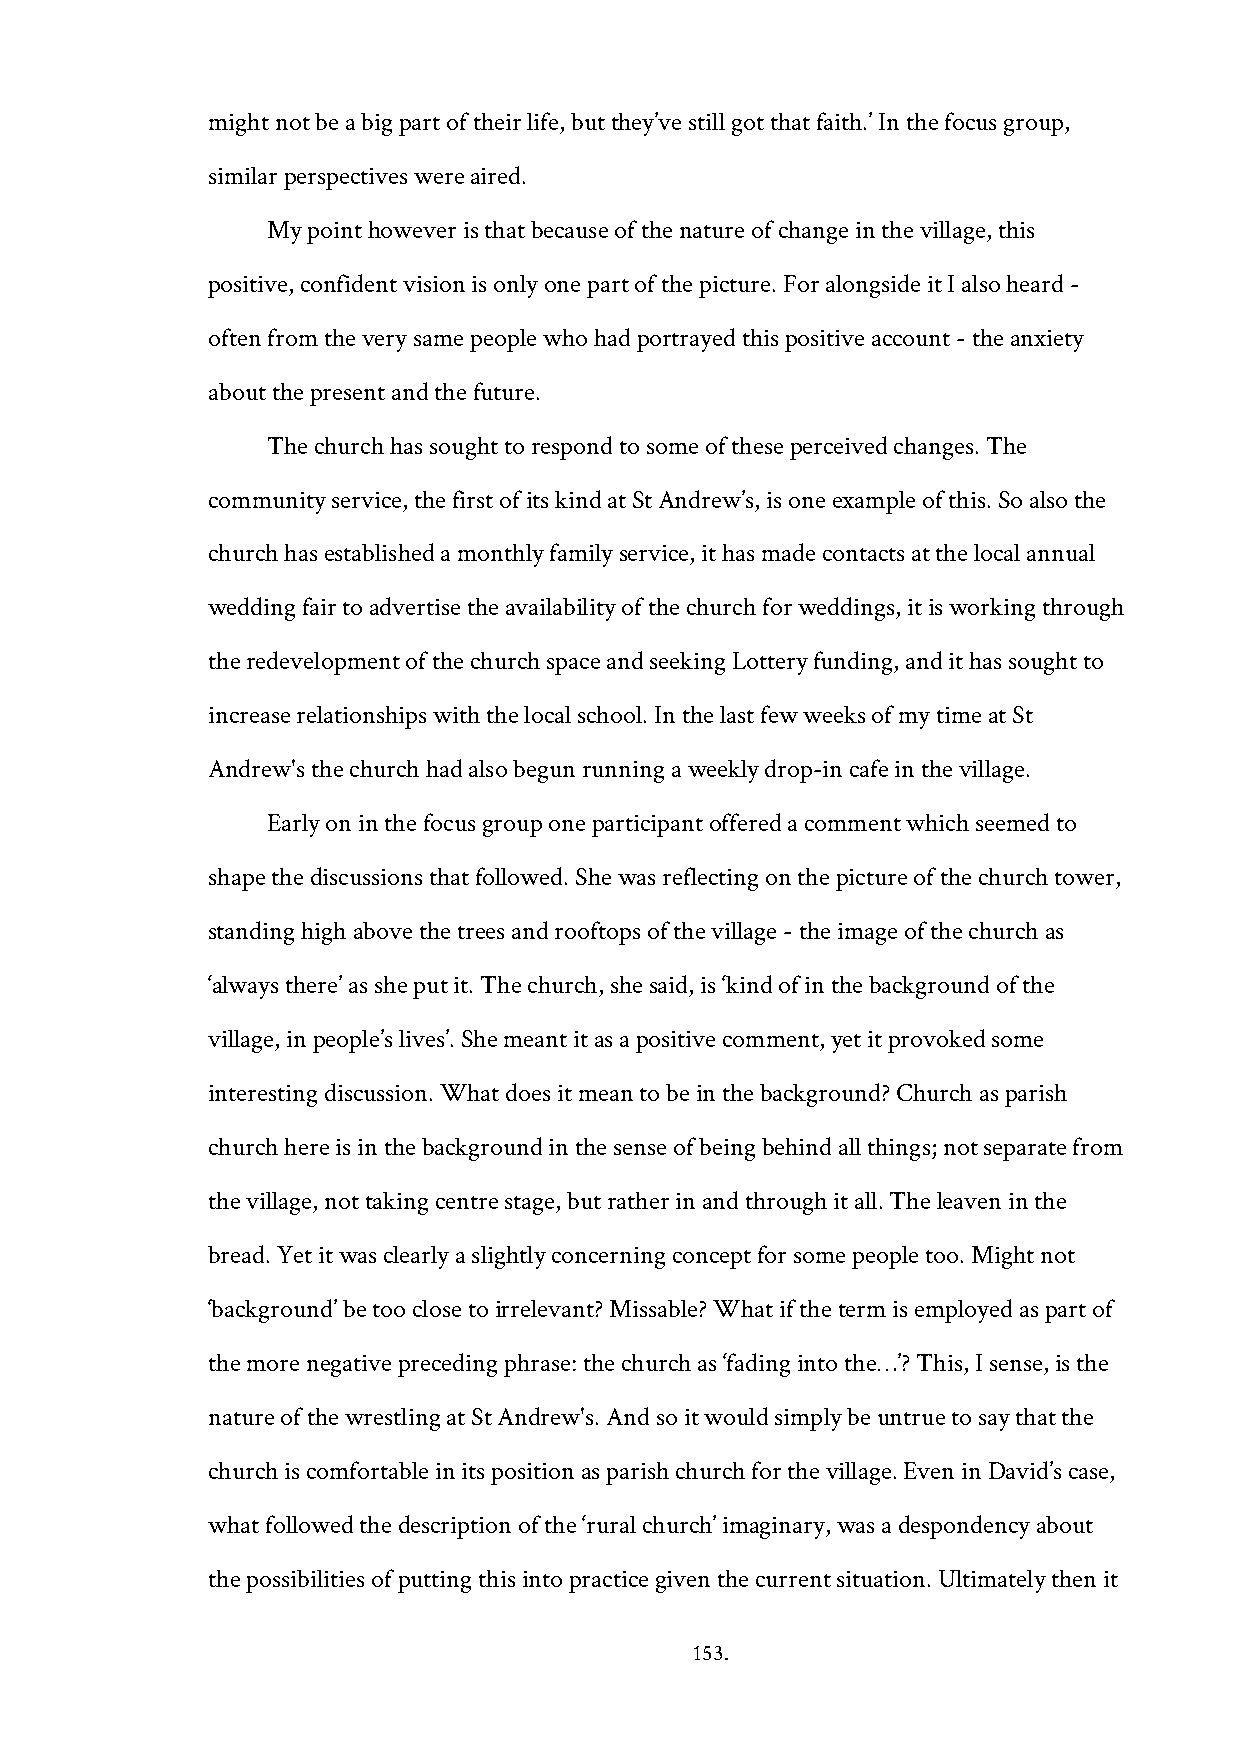
might not be a big part of their life, but they’ve still got that faith.’ In the focus group,
 similar perspectives were aired.
 My point however is that because of the nature of change in the village, this
 positive, confident vision is only one part of the picture. For alongside it I also heard -
 often from the very same people who had portrayed this positive account - the anxiety
 about the present and the future.
 The church has sought to respond to some of these perceived changes. The
 community service, the first of its kind at St Andrew’s, is one example of this. So also the
 church has established a monthly family service, it has made contacts at the local annual
 wedding fair to advertise the availability of the church for weddings, it is working through
 the redevelopment of the church space and seeking Lottery funding, and it has sought to
 increase relationships with the local school. In the last few weeks of my time at St
 Andrew's the church had also begun running a weekly drop-in cafe in the village.
 Early on in the focus group one participant offered a comment which seemed to
 shape the discussions that followed. She was reflecting on the picture of the church tower,
 standing high above the trees and rooftops of the village - the image of the church as
 ‘always there’ as she put it. The church, she said, is ‘kind of in the background of the
 village, in people’s lives’. She meant it as a positive comment, yet it provoked some
 interesting discussion. What does it mean to be in the background? Church as parish
 church here is in the background in the sense of being behind all things; not separate from
 the village, not taking centre stage, but rather in and through it all. The leaven in the
 bread. Yet it was clearly a slightly concerning concept for some people too. Might not
 ‘background’ be too close to irrelevant? Missable? What if the term is employed as part of
 the more negative preceding phrase: the church as ‘fading into the…’? This, I sense, is the
 nature of the wrestling at St Andrew's. And so it would simply be untrue to say that the
 church is comfortable in its position as parish church for the village. Even in David’s case,
 what followed the description of the ‘rural church’ imaginary, was a despondency about
 the possibilities of putting this into practice given the current situation. Ultimately then it
 153.